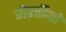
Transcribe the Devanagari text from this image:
मेड़तीयों